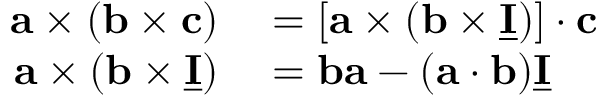
\begin{array} { r l } { \mathbf a \times ( \mathbf b \times \mathbf c ) } & { { } = [ \mathbf a \times ( \mathbf b \times \underline { { \mathbf I } } ) ] \cdot \mathbf c } \\ { \mathbf a \times ( \mathbf b \times \underline { { \mathbf I } } ) } & { { } = \mathbf b \mathbf a - ( \mathbf a \cdot \mathbf b ) \underline { { \mathbf I } } } \end{array}